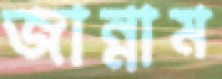
জান্নাম